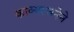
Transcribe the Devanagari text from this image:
काव्यरचनेने